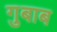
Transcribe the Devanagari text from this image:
गुबाब